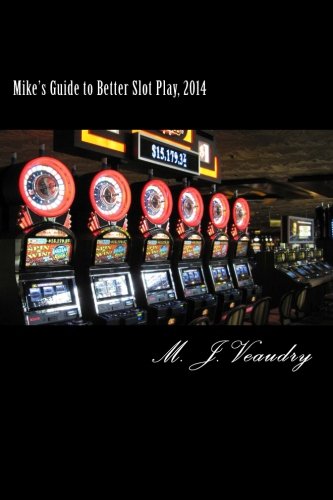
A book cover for Mike's Guide to Better Slot Play: 2014; M. J. Veaudry; Humor & Entertainment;